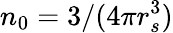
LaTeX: n_{0}=3/(4\pi r_{s}^{3})